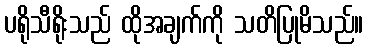
ပရိုသီရိုးသည် ထိုအချက်ကို သတိပြုမိသည်။